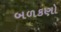
બળકણો